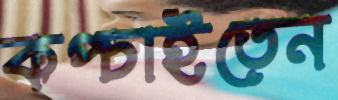
কপ্‌চাইতেন